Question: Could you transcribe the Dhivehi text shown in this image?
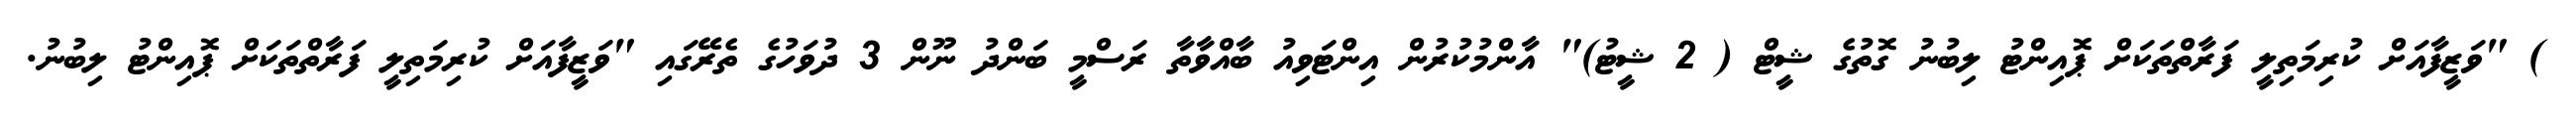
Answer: ) "ވަޒީފާއަށް ކުރިމަތިލީ ފަރާތްތަކަށް ޕޮއިންޓު ލިބުނު ގޮތުގެ ޝީޓް ( 2 ޝީޓު)" އާންމުކުރުން އިންޓަވިއު ބާއްވާތާ ރަސްމީ ބަންދު ނޫން 3 ދުވަހުގެ ތެރޭގައި "ވަޒީފާއަށް ކުރިމަތިލީ ފަރާތްތަކަށް ޕޮއިންޓު ލިބުނު.